Vaccination in the Punjab 1919-1929 - 1919-1929
Year: 1919
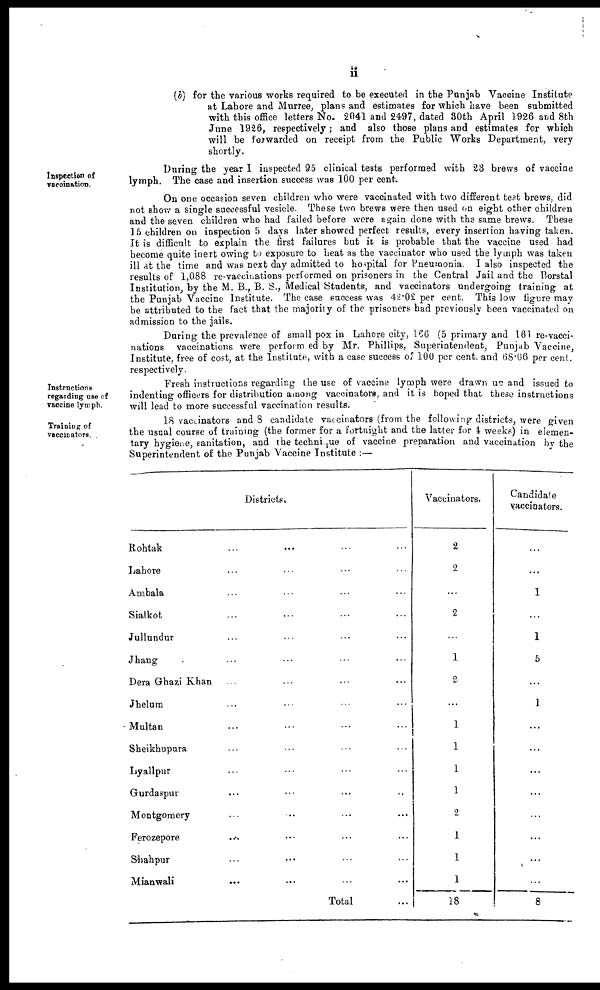
ii
(b) for the various works required to be executed in the Punjab Vaccine Institute
at Lahore and Murree, plans and estimates for which have been submitted
with this office letters No. 2041 and 2497, dated 80th April 1926 and 8th
June 1926, respectively; and also those plans and estimates for which
will be forwarded on receipt from the Public Works Department, very
shortly.
Inspection of
vaccination.
During the year I inspected 95 clinical tests performed with 23 brews of vaccine
lymph. The case and insertion success was 100 per cent.
On one occasion seven children who were vaccinated with two different test brews, did
not show a single successful vesicle. These two brews were then used on eight other children
and the seven children who had failed before were again done with the same brews. The3e
1 5 children on inspection 5 days later showed perfect results, every insertion having taken.
It is difficult to explain the first failures but it is probable that the vaccine used had
become quite inert owing to exposure to heat as the vaccinator who used the lymph was taken
ill at the time and was next day admitted to hospital for Pneumonia. I also inspected the
results of 1,088 re-vaccinations performed on prisoners in the Central Jail and the Borstal
Institution, by the M. B., B. S., Medical Students, and vaccinators undergoing training at
the Punjab Vaccine Institute. The case success was 42.02 per cent. This low figure may
be attributed to the fact that the majority of the prisoners had previously been vaccinated on
admission to the jails.
During the prevalence of small pox in Lahore city, 166 (5 primary and 161 re-vacci-
nations vaccinations were performed by Mr. Phillips, Superintendent, Punjab Vaccine,
Institute, free of cost, at the Institute, with a case success of 100 per cent. and 68.06 per cent.
respectively.
Instructions
regarding use of
vaccine lymph.
Fresh instructions regarding the use of vaccine lymph were drawn un and issued to
indenting officers for distribution among vaccinators, and it is hoped that these instructions
will lead to more successful vaccination results.
Training of
vaccinators
18 vaccinators and 8 candidate vaccinators (from the following districts, were given
the usual course of training (the former for a fortnight and the latter for 4 weeks) in elemen-
tary hygiene, sanitation, and the technique of vaccine preparation and vaccination by the
Superintendent of the Punjab Vaccine Institute :—
Districts.
Rohtak
... ... ... ...
Lahore ... ... ... ...
Ambala ... ... ... ...
Sialkot ... ... ... ...
Jullundur ... ... ... ...
Jhang
... ... ... ...
Dera Ghazi Khan ... ... ... ...
Jhelum ... ... ... ...
Multan
... ... ... ... ...
Sheikhupura ... ... ... ...
Lyallpur ... ... ... ...
Gurdaspur...
... ... ...
Montgomery...
... ... ...
Ferozepore...
... ... ...
Shahpur
... ... ... ...
Mianwali
...
... ... ...
Total ...
Vaccinators.
2
2
...
2
...
1
2
...
1
1
1
1
2
1
1
1
18
Candidate
vaccinators.
...
...
1
...
1
5
...
1
...
...
...
...
...
...
...
...
8